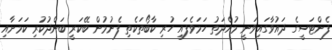
ފެންޓަސީގެ ދައުވާގައިވަނީ މުއްދަތު ހަމަވެފައި ހުރި ކާބޯތަކެތި ފެނުމުން ބޭކަރީ ބަންދުކުރި ކަމަށާއި